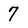
Character: 7